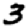
Digit: 3